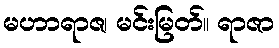
မဟာရာဇ၊ မင်းမြတ်။ ရာဇာ